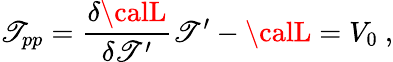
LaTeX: \mathscr{T}_{pp}={\frac{{\delta{{\calL}}}}{{\delta\mathscr{T}^{\prime}}}}\mathscr{T}^{\prime}-{\calL}=V_{0}\ ,